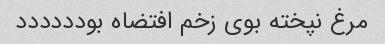
مرغ نپخته بوی زخم افتضاه بودددددد